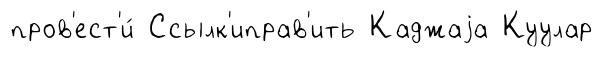
пров'ест'и́ Ссылк'иправ'ить Каджаjа Куулар